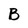
Character: B